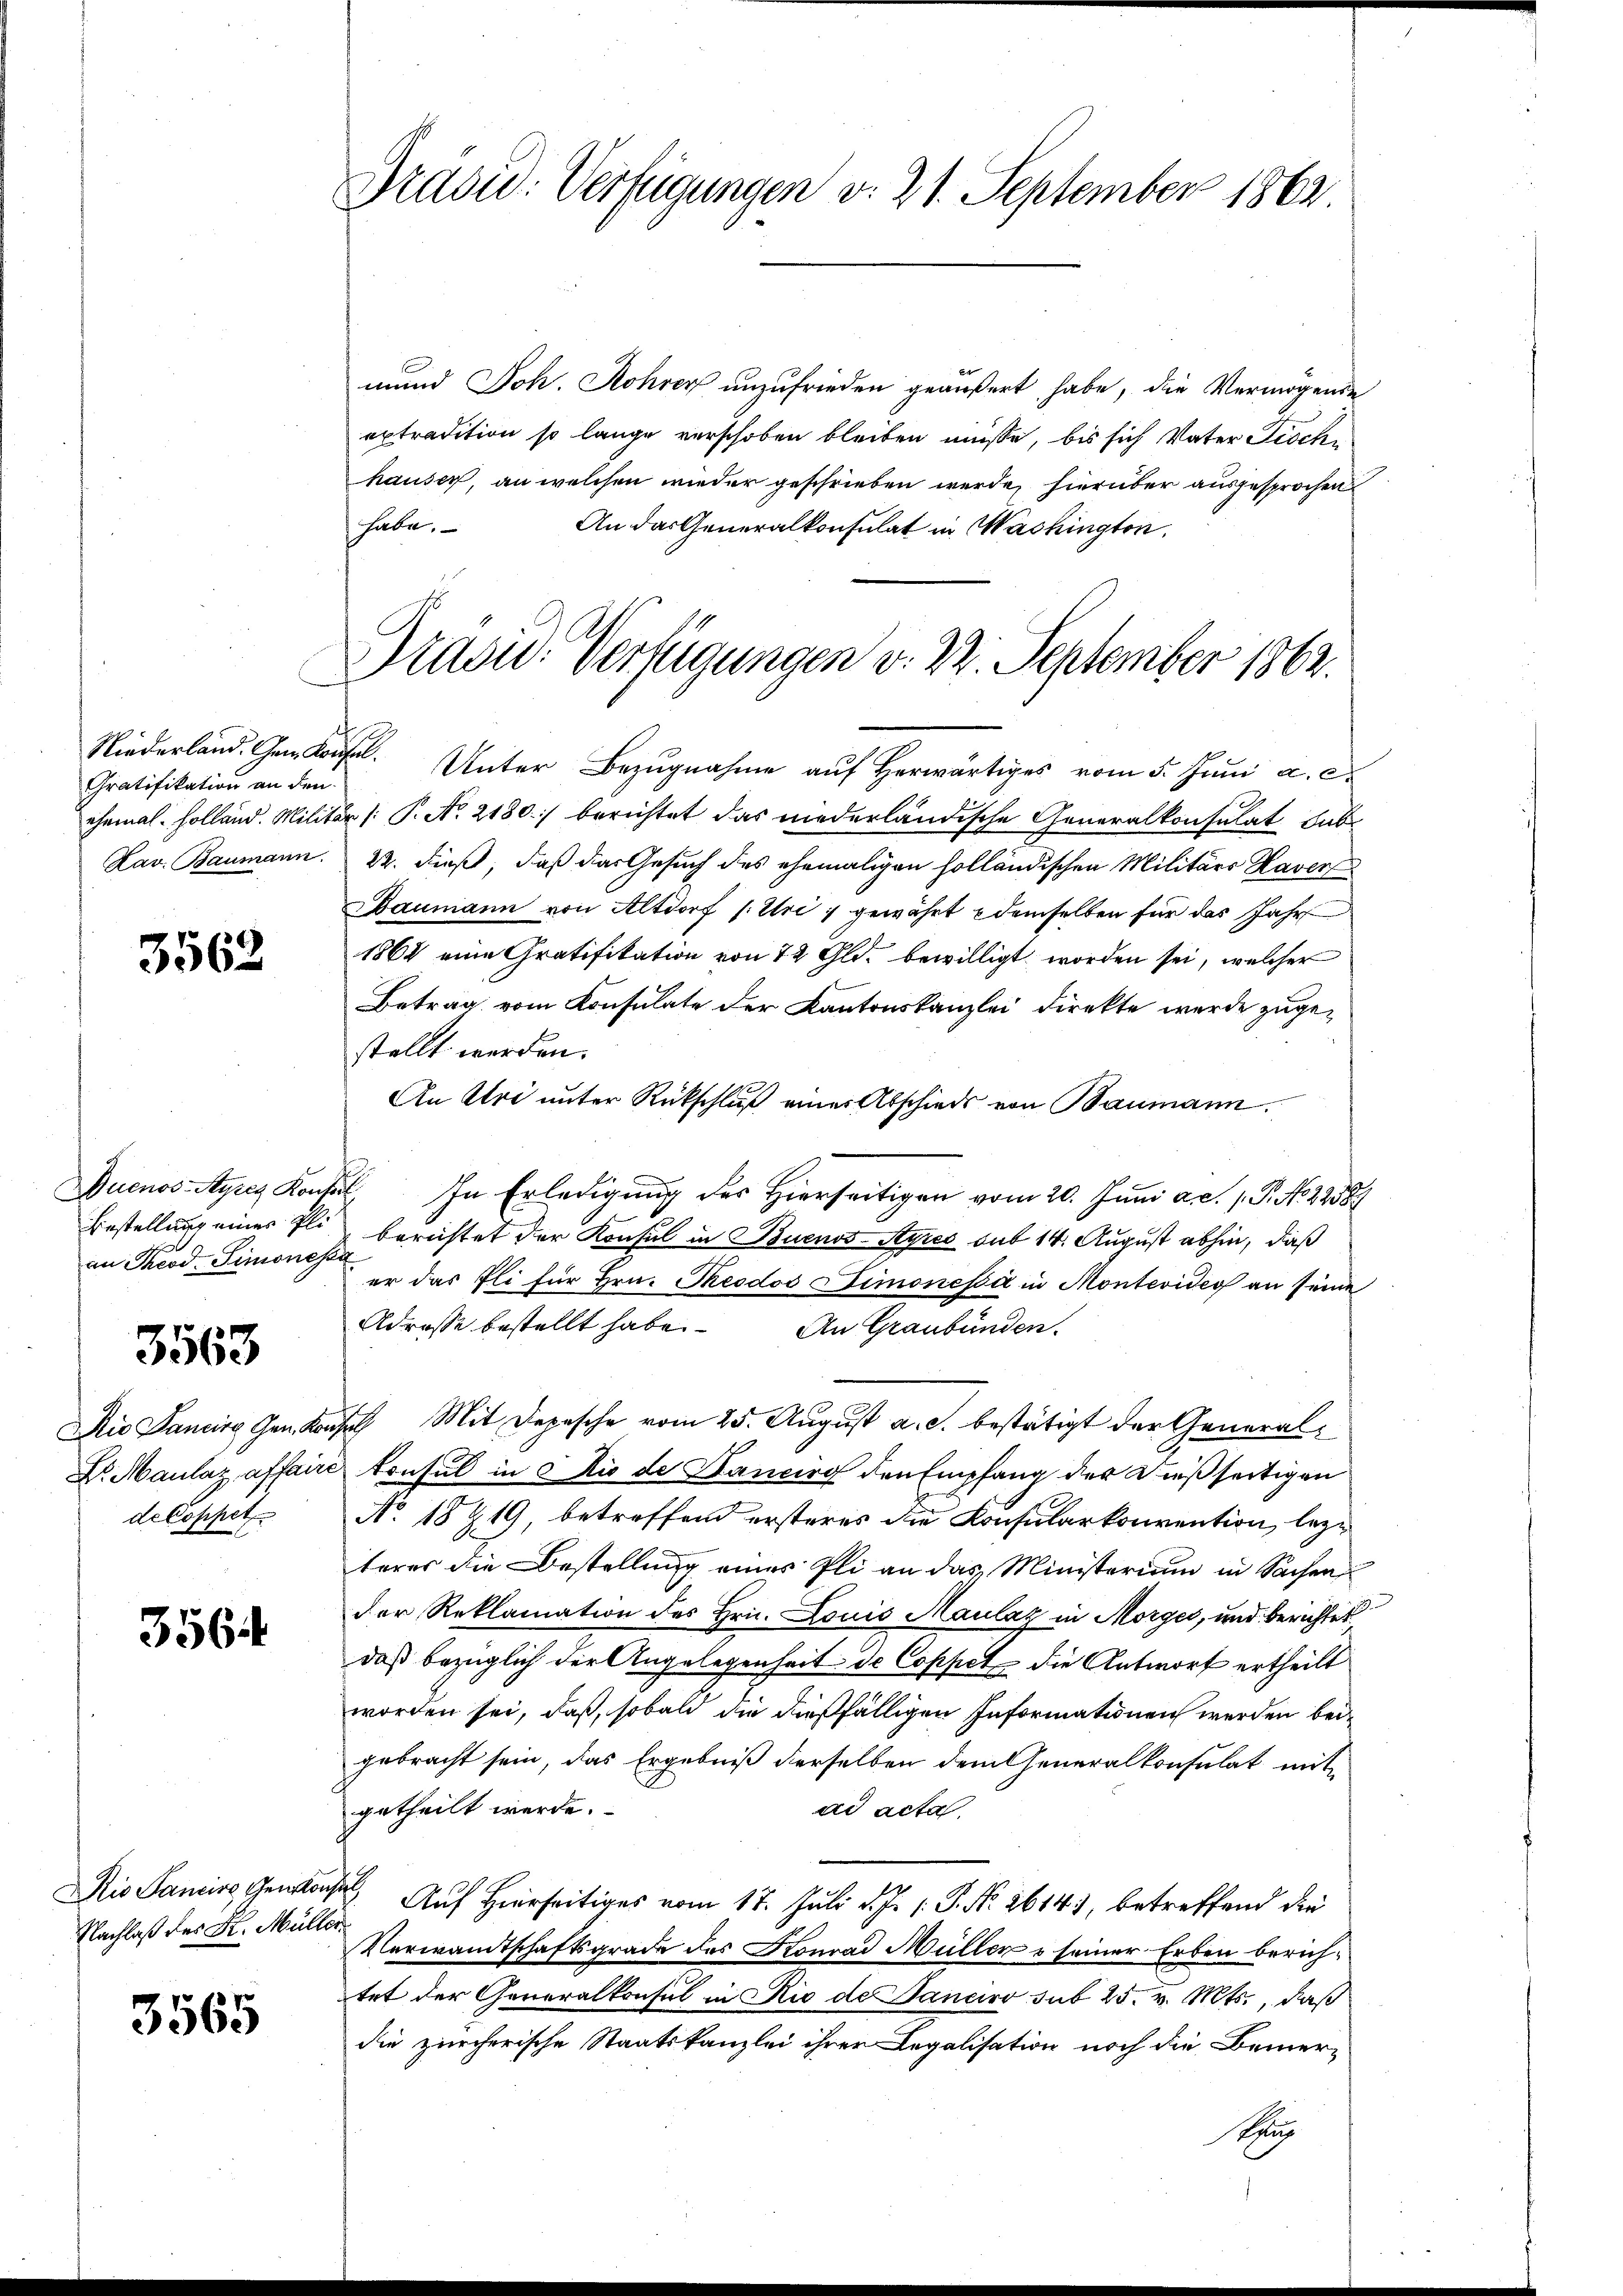
Niederland. Gem Kon
Gratifikation an den
ehemal Holland. Milit
Kav. Baumann.

3562

Duenos-Ayres Konfe
Bestellung eines Pli
an Theod. Simoness

3563

Die Pancirg Gen. Kor
Dr. Maulaz, affair
deloppet

356.

Rio Sancire Genon
Nachlaß des K. Müller

3565

Präsid. Verfügungen v. 21. September 1862

Brasid. Verfügungen v. 22. September 1862.

mund Joh. Rohrer unzufrieden geäußert habe, die Vermögende
extradition so lange verschoben bleiben müsse, bis sich Vater Fischi
hauser, an welchen wieder geschrieben werde, hierüber ausgesprochen
habe.
An das Generalkonsulat in Washington,
hel. Unter Bezugnahme auf herwärtiges vom 5. Juni a. c.
r /: P. No. 2180.) berichtet das niederländische Generalkonsulat dab
22. dieß, daß das Gesuch des ehemaligen holländischen Militärs Haver
Baumann von Altdorf (Uri, gewährt demselben für das Jahr
1864 eine Gratifikation von 72 Gld. bewilligt worden sei, welcher
Betrag vom Konsulate der Kantonskanzlei direkte wurde zugestellt werden.
An Uri unter Rückschluß einer Abschieds von Baumann.
. In Erledigung des Hierseitigen vom 20. Juni a.c. s. P. No. 2238.
berichtet der Konsul in Buenos-Ayres sub 14. August abhin, daß
er das fli für Hrn. Theodos Simonessi in Montevide an seine
Adrosse bestellt habe. An Graubünden,
ch Mit Depesche vom 25. August a. c. bestätigt der General¬
Consul in die de Daneiro den Empfang der dießseitigen
No. 18 Z 19 betreffend ersteres die Konsularkonvention, beze
terer die Bestellung eines Pli an das Ministerium in Sachen
der Reklamation des Hrn. Louis Maulaz in Morges, und berichtet
daß bezüglich der Angelegenheit de Coppet die Antwort ertheilt
worden sei, daß, sobald die dießfälligen Informationen werden beigebracht sein, das Ergebniß derselben dem Generalkonsulat mit
ad acta.
getheilt werde.
 Auf Hierseitiges vom 17. Juli d. J. P. Nr. 1614), betreffend die
Verwandtschaftsgrade des Konrad Müller u seiner Erben berichtet der Generalkonsul in Rio de Janeiro sub 25. v. Mts., daß
die zürcherische Staatskanzlei ihrer Legalisation noch die Bemer-
Su